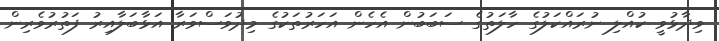
ވިދާޅުވީ ކުއްލި ނުރައްކަލުގެ ހާލަތުގެ ސަބަބުން އެހެން އަހަރުތަކުގެ މިދުވަސްވަރާ އަޅާބަލާއިރު ފަތުރުވެރިން